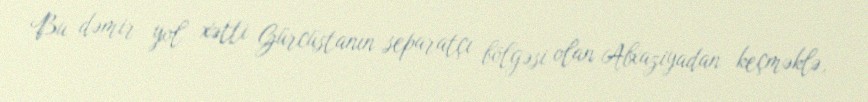
Bu dəmir yol xətti Gürcüstanın separatçı bölgəsi olan Abxaziyadan keçməklə,